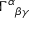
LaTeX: \Gamma ^ { \alpha } { } _ { \beta \gamma }